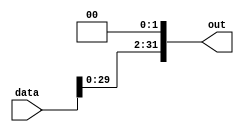
module ShiftLeftTwoSign(
    input wire [31:0] data,
    output wire [31:0] out
);

    assign out = data << 2;
                
endmodule